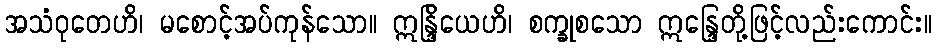
အသံဝုတေဟိ၊ မစောင့်အပ်ကုန်သော။ ဣန္ဒြိယေဟိ၊ စက္ခုစသော ဣန္ဒြေတို့ဖြင့်လည်းကောင်း။